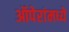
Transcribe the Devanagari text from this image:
ऑपेरांमध्ये